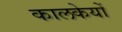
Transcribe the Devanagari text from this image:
कालकेयों